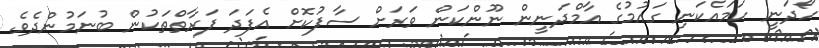
ހޯދަނީ ހަމައެކަނި ގައުމުގެ އާމްދަނީން ނޫންކަން ވަރަށް ސާފުކޮށް އެފަދަ ފަރާތްތަކުން ބުނަމުންދެވެ.